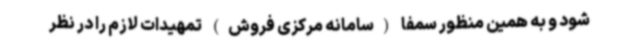
شود و به همین منظور سمفا (سامانه مرکزی فروش) تمهیدات لازم را در نظر